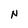
Character: N